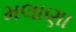
મલાણા